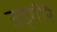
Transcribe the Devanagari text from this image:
उड्गीरॆ